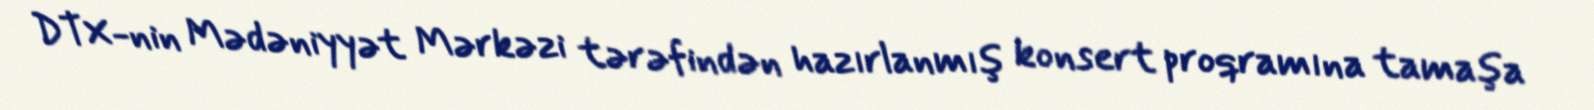
DTX-nin Mədəniyyət Mərkəzi tərəfindən hazırlanmış konsert proqramına tamaşa